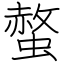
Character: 螫